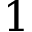
1